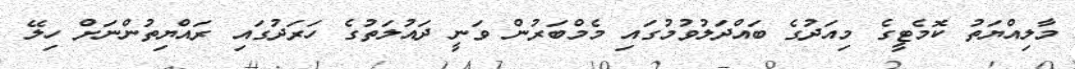
މާލިއްޔަތު ކޮމެޓީގެ މިއަދުގެ ބައްދަލުވުމުގައި މެމްބަރުން ވަނީ ދައުލަތުގެ ހަރަދުގައި ރައްޔިތުންނަށް ހިލޭ